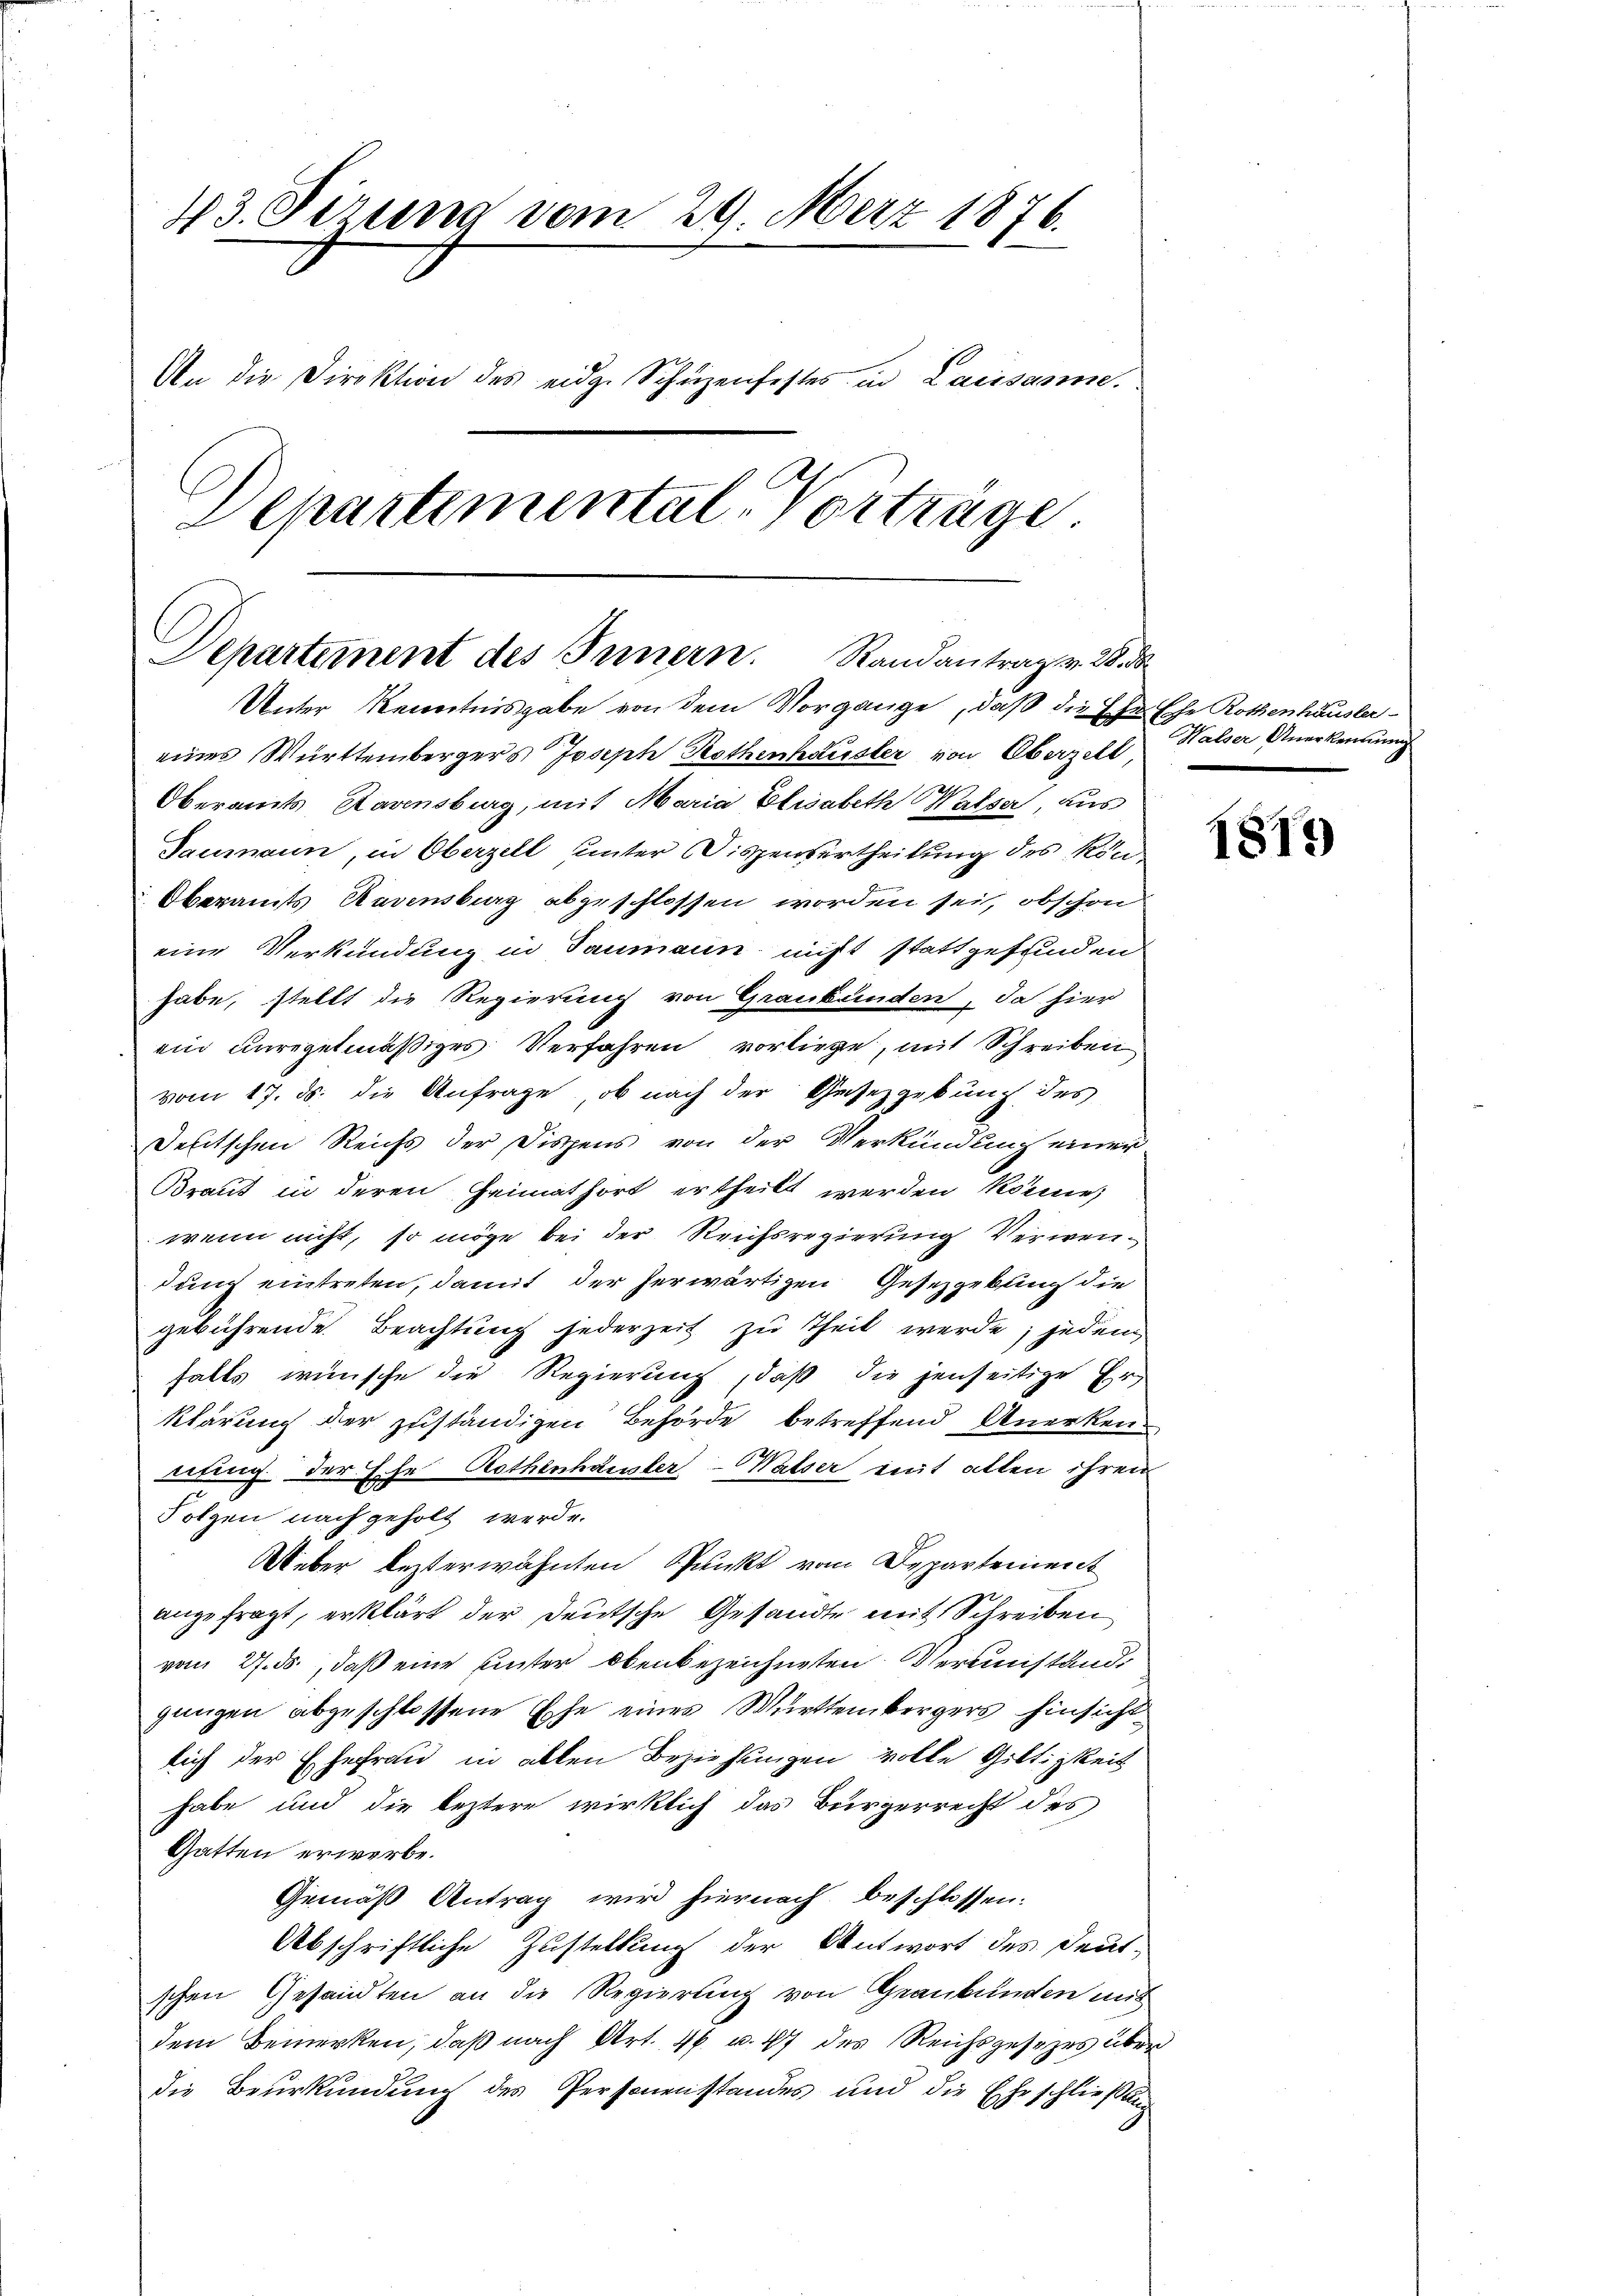
43. Sizung vom 29. Merz 1876.
An die Direktion des eidg. Schüzenfestes in Lausanne.
Departemental-Vorträge.

eines Württembergers Joseph Rothenhäusler von Oberzell
2
Oberamts Ravensburg, mit Maria Elisabeth Halser, aus
Taumann, in Oberzell unter Dispensertheilung des Kön
Oberamts Ravensburg abgeschlossen worden sei, obschon
eine Verkündung in Taumann nicht stattgefunden
habe, stellt die Regierung von Graubünden, da hier
ein unregelmäßiges Verfahren vorliege, mit Schreiben
vom 17. ds. die Anfrage, ob nach der Gesetzgebung des
Deutschen Reichs der Dispens von der Verkündung einer
Braut in deren Heimathort ertheilt werden könne,
wenn nicht, so möge bei der Reichsregierung Verwendung eintreten, damit der herwärtigen Gesetzgebung die
gebührende Beachtung jederzeit zu Theil werde; jedem,
falls wünsche die Regierung, daß die jenseitige Er
klärung der zuständigen Behörde betreffend Anerkennung der Ehe Rothenhäusler-Walser mit allen ihren
Folgen nach geholt werde.
Weber besterwähnten Spunkt vom Departement
angefragt, erklärt der Deutsche Gesandte mit Schreiben
vom 27. ds., daß eine unter obenbezeichneten Vereinstandgungen abgeschlossene Ehe eines Württembergers hinsicht
lich der Ehefrau in allen Beziehungen volle Gültigkeit
habe und die leztere wirklich das Bürgerrecht des
Gatten erwerbe.
Gemäß Antrag wird hiernach beschlossen:
Abschriftliche Zustellung der Antwort des Deut-
schen Gesandten an die Regierung von Graubünden mit
dem Bemerken, daß nach Art. 46 u. 47 des Reichsgesezes überdie Beurkundung des Personenstandes und die Eheschließung

Departement des Innern. Randantrag v. 28. ds.
Unter Kenntnisgabe von dem Vorgange, daß die Ehe¬

Eche Rothenhäusler-
Halser Anerkennung

1817